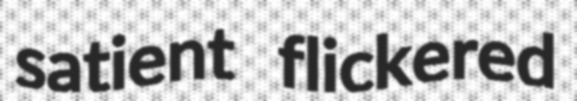
satient flickered